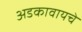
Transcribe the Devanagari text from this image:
अडकावायचे